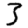
Digit: 3